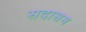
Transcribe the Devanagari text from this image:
सदासम